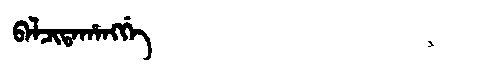
Manchu: ᠪᠠᠯᠴᡳᡨᠠᡥᠠᠩᡤᡝ
Romanization: BALCITAHANGGE